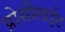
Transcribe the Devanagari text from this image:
प्रोसीलाईट